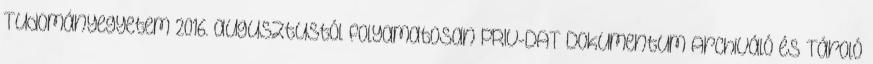
Tudományegyetem 2016. augusztustól folyamatosan PRIV-DAT Dokumentum Archiváló és Tároló